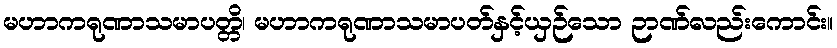
မဟာကရုဏာသမာပတ္တိ၊ မဟာကရုဏာသမာပတ်နှင့်ယှဉ်သော ဉာဏ်လည်းကောင်း။